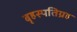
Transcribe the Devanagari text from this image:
बृहस्पतिग्रह